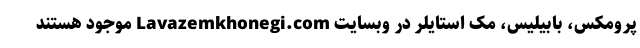
پرومکس، بابیلیس، مک استایلر در وبسایت Lavazemkhonegi.com موجود هستند